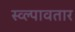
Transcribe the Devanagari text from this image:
स्व्ल्पावतार